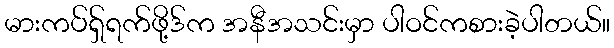
မားကပ်ရှ်ရက်ဖို့ဒ်က အနီအသင်းမှာ ပါဝင်ကစားခဲ့ပါတယ်။